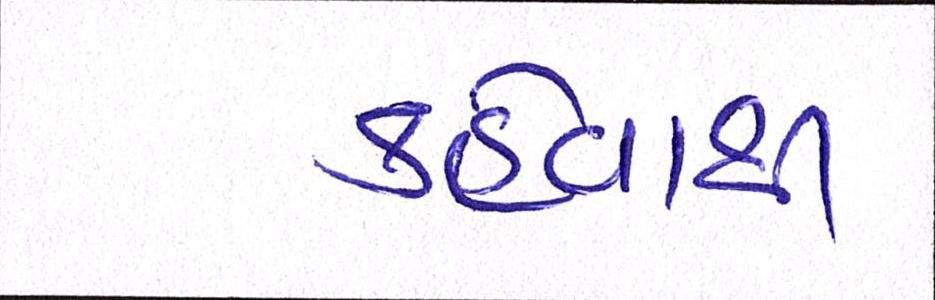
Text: કહેવાથી